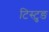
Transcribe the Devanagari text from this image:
टिस्टुङ